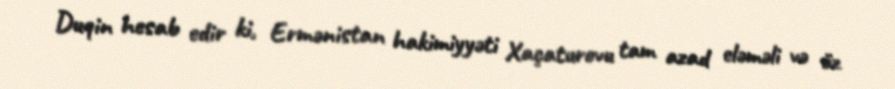
Duqin hesab edir ki, Ermənistan hakimiyyəti Xaçaturovu tam azad eləməli və öz